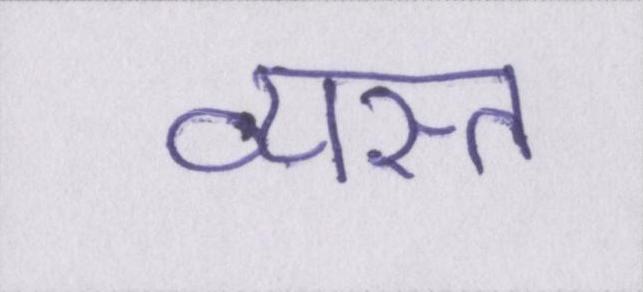
व्यस्त